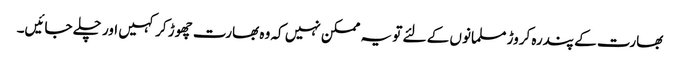
بھارت کے پندرہ کروڑ مسلمانوں کے لئے تو یہ ممکن نہیں کہ وہ بھارت چھوڑ کر کہیں اور چلے جائیں۔